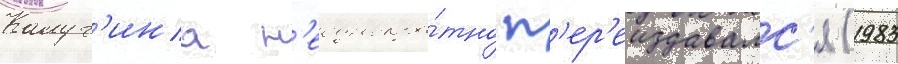
Калуг'ина н'еоднокра́тно п'ер'еиздавалс'я (1983